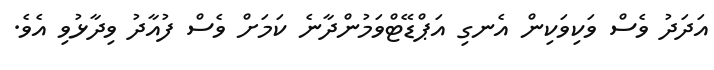
އަދަދު ވެސް ވަކިވަކިން އެނގި އަޕްޑޭޓްވަމުންދާނެ ކަމަށް ވެސް ފުއާދު ވިދާޅުވި އެވެ.